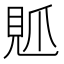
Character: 𧠘